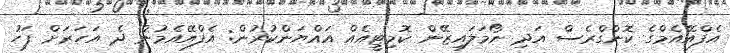
އެފްއޭއެމްގެ ކޮންގްރެސް އަދި ނޯމަލައިޒޭން ކޮމިޓީއެއް އައްޔަންކުރުން: އެފްއޭއެމުން ދެ އަހަރަށް ފަހު